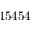
1 5 4 5 4